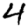
Digit: 4